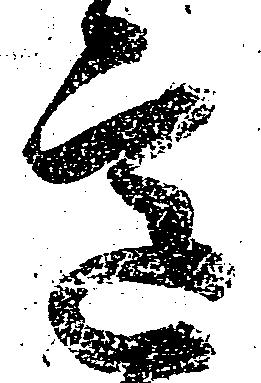
意